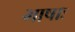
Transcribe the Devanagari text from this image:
भाषाः